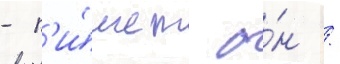
- п'и́шет о́н /